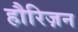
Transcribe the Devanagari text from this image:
हौरिज़न